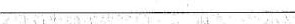
___